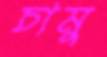
চামু